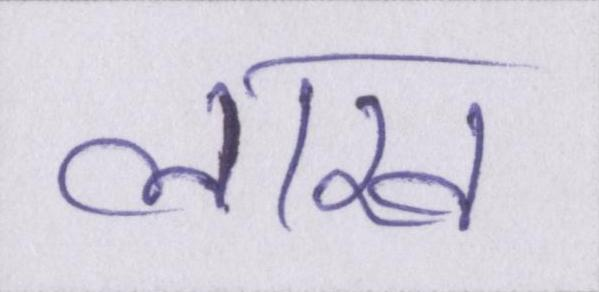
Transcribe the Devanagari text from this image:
लाख